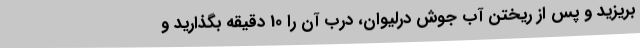
بریزید و پس از ریختن آب جوش درلیوان، درب آن را 10 دقیقه بگذارید و